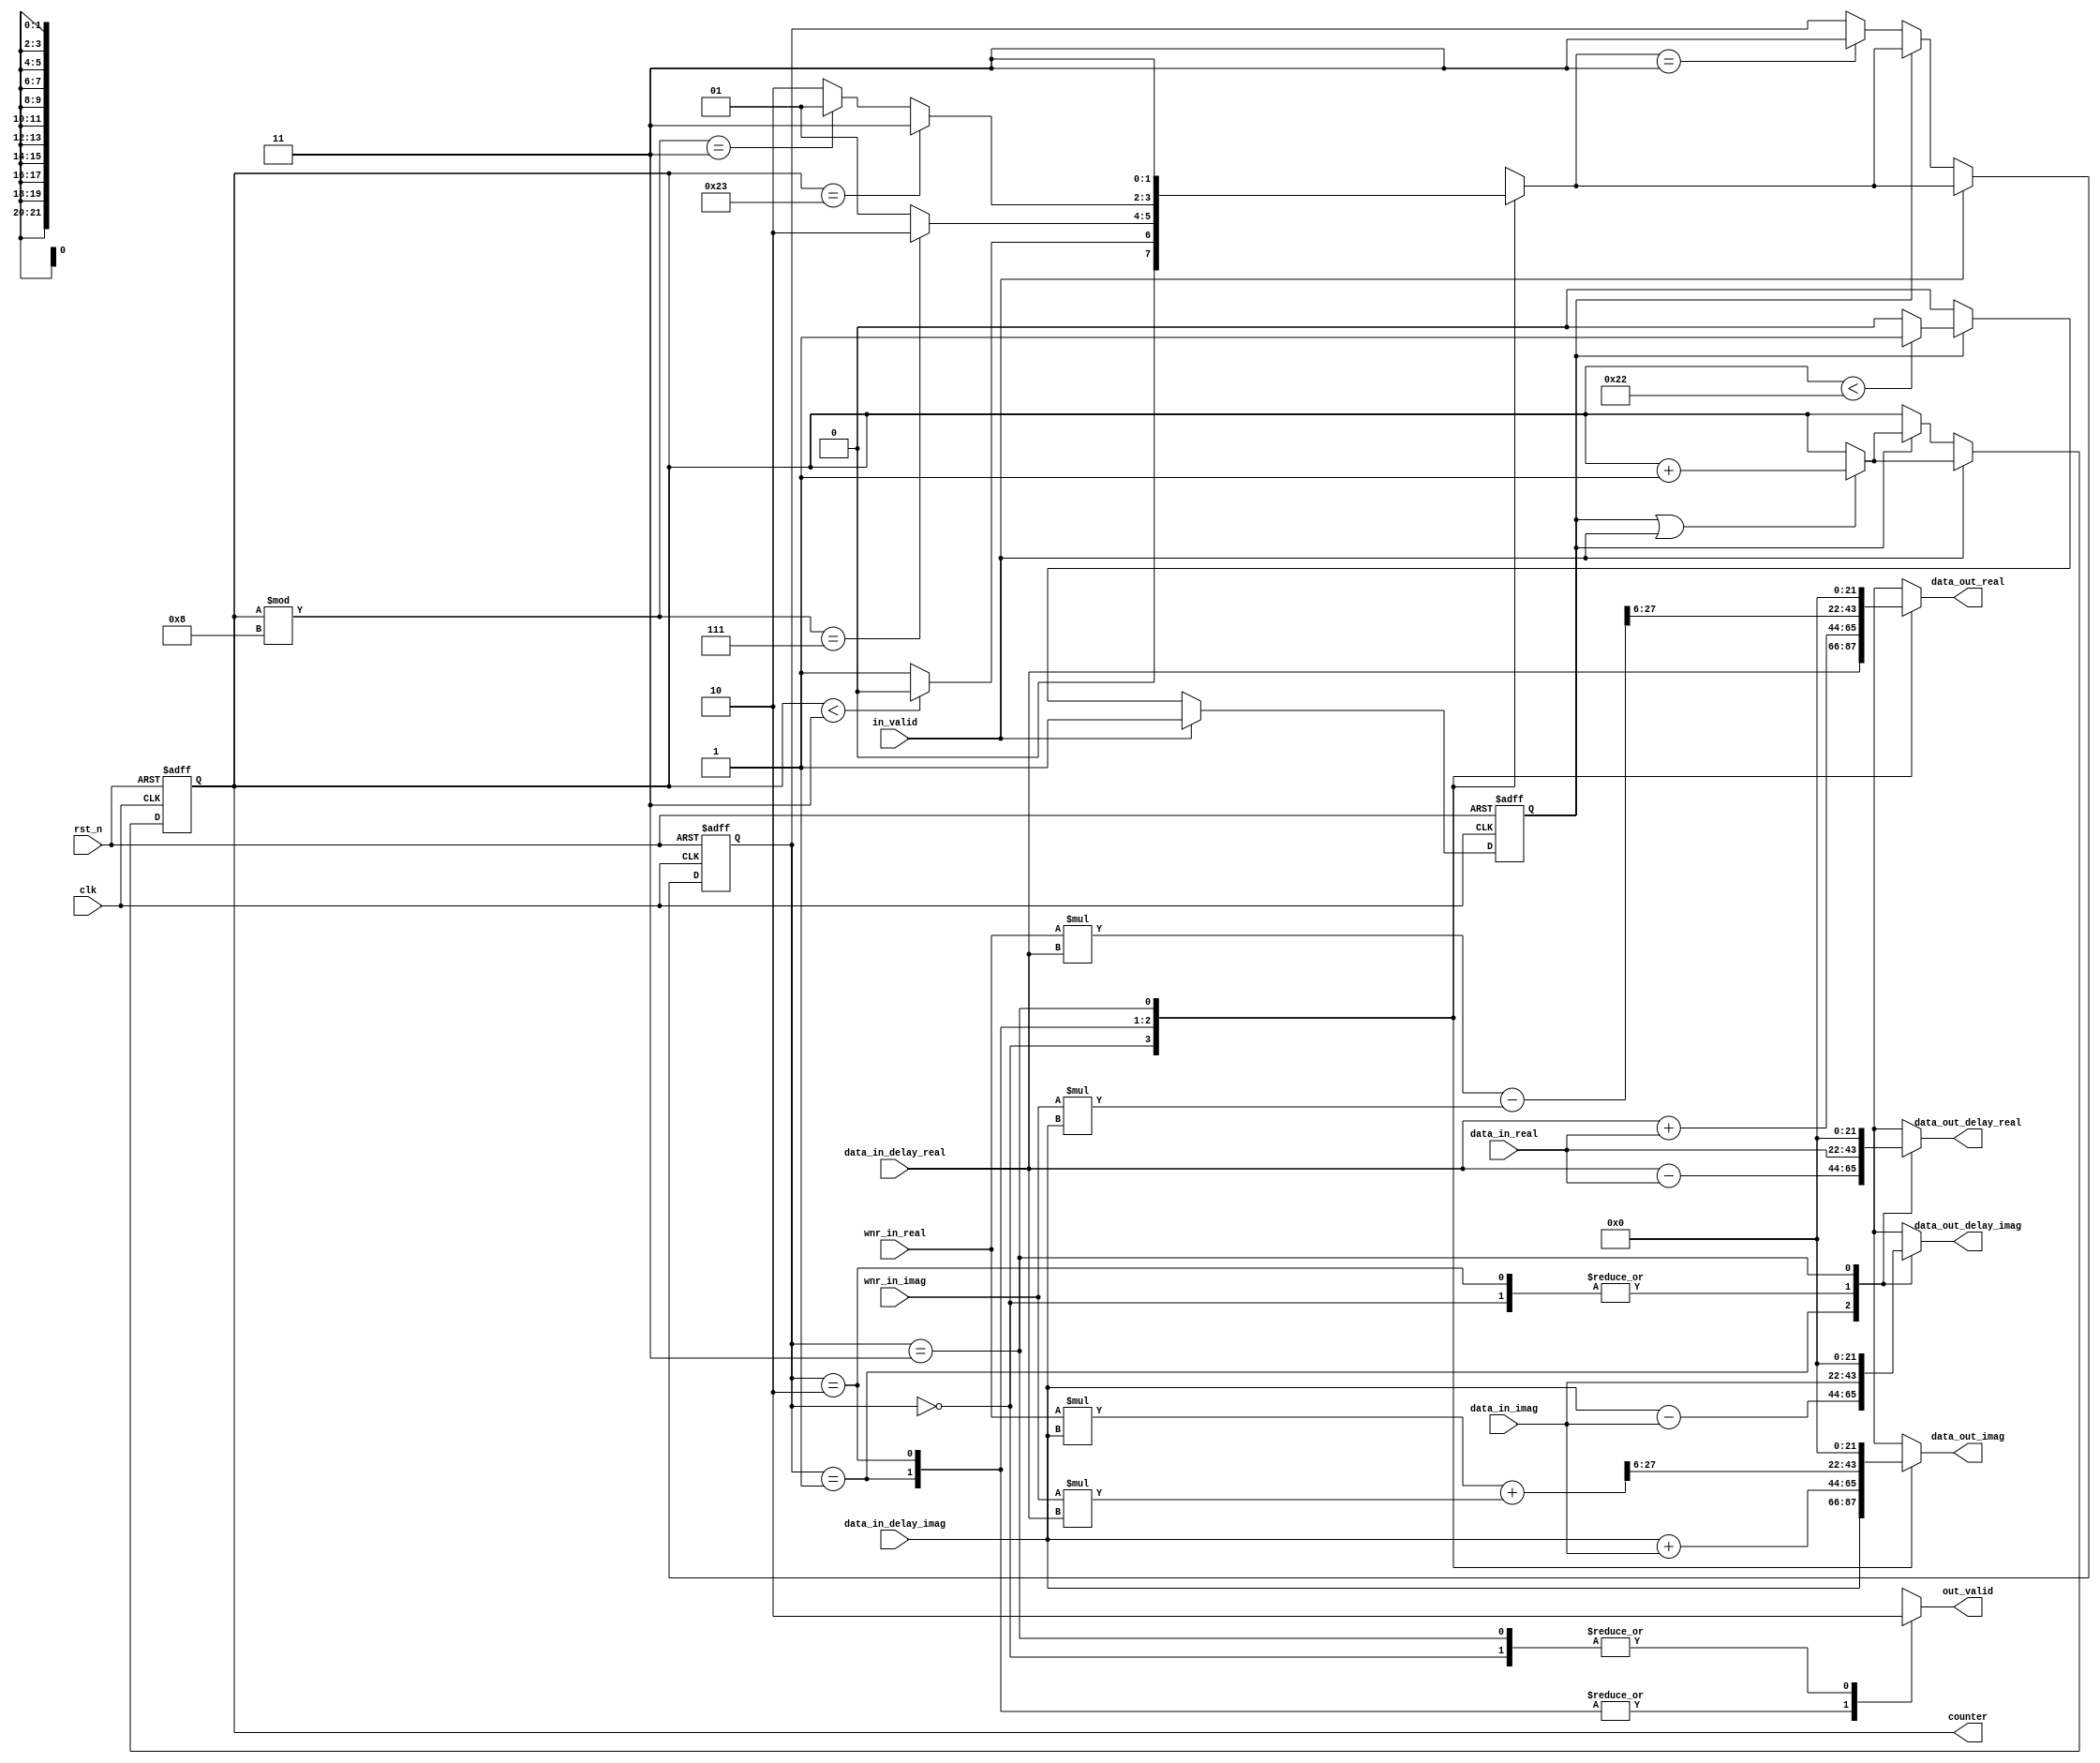
module butter_fly_4(
    input clk,
    input rst_n,
    input in_valid,
    input signed[21:0] data_in_real,
    input signed[21:0] data_in_imag,
    input signed[21:0] wnr_in_real,
    input signed[21:0] wnr_in_imag,
    input signed[21:0] data_in_delay_real,
    input signed[21:0] data_in_delay_imag,
    output [5:0] counter,
    output reg out_valid,
    output reg signed[21:0] data_out_delay_real,
    output reg signed[21:0] data_out_delay_imag,
    output reg signed[21:0] data_out_real,
    output reg signed[21:0] data_out_imag
);
reg valid,nxt_valid;
reg [1:0] curr_state;
reg [1:0] next_state;
reg [5:0] reg_counter;
reg [5:0] nxt_counter;
wire signed [45:0] temp_real,temp_imag;
//wire signed [45:0] temp_common;
//assign temp_common = data_in_delay_imag *(wnr_in_real-wnr_in_imag);
assign temp_real = wnr_in_real*data_in_delay_real - wnr_in_imag*data_in_delay_imag;
assign temp_imag = wnr_in_real*data_in_delay_imag + wnr_in_imag*data_in_delay_real;
assign counter = reg_counter;
always@(*)begin
    nxt_valid = (reg_counter<34)?valid:'d0;
    nxt_counter = (valid || in_valid)?reg_counter + 'd1:reg_counter;
end

always@(*)begin
    case (curr_state)//synopsys full_case
    2'b00: begin
        data_out_delay_real = data_in_real;
        data_out_delay_imag = data_in_imag;
        data_out_real = data_in_delay_real;
        data_out_imag = data_in_delay_imag;
        out_valid = 'd0;
        next_state = (reg_counter <3)?2'b00:2'b01;
    end
    2'b01: begin
        data_out_delay_real = data_in_delay_real - data_in_real;
        data_out_delay_imag = data_in_delay_imag - data_in_imag;
        data_out_real = data_in_delay_real + data_in_real;
        data_out_imag = data_in_delay_imag + data_in_imag;
        out_valid = 'd1;
        next_state = (reg_counter%8==7)?2'b10:2'b01;
    end
    2'b10:begin
        data_out_delay_real = data_in_real;
        data_out_delay_imag = data_in_imag;
        data_out_real = temp_real[29:6];
        data_out_imag = temp_imag[29:6];
        out_valid = 'd1;
        next_state = (reg_counter==35)?2'b11:(reg_counter%8==3)?2'b01:2'b10;
    end
    2'b11:begin
        next_state = 2'b11;
        data_out_delay_real = 'd0;
        data_out_delay_imag = 'd0;
        data_out_real = 'd0;
        data_out_imag = 'd0;
        out_valid = 'd0;
    end
    endcase
end


always@(posedge clk or negedge rst_n)begin
    if(!rst_n)begin
        reg_counter <= 0;
        valid <= 0;
        curr_state <= 0;
    end
    else begin
        if(in_valid)begin
            reg_counter <= nxt_counter;
            valid <= in_valid;
            curr_state <= next_state;

        end
        else if(valid)begin
            reg_counter <= nxt_counter;
            valid <= nxt_valid;
            curr_state <= next_state;
        end
        else if(next_state == 2'b11)begin
            curr_state <= 2'b11;
        end

    end
end
endmodule